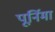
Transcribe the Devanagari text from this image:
पूर्निमा